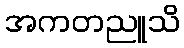
အကတညူသိ